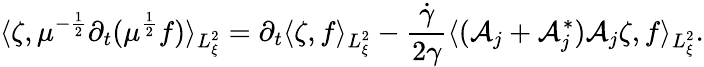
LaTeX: \langle\zeta,\mu^{-\frac{1}{2}}\partial_{t}(\mu^{\frac{1}{2}}f)\rangle_{L_{\xi}^{2}}=\partial_{t}\langle\zeta,f\rangle_{L_{\xi}^{2}}-\frac{\dot{\gamma}}{2\gamma}\langle(\mathcal A_{j}+\mathcal A_{j}^{*})\mathcal A_{j}\zeta,f\rangle_{L_{\xi}^{2}}.